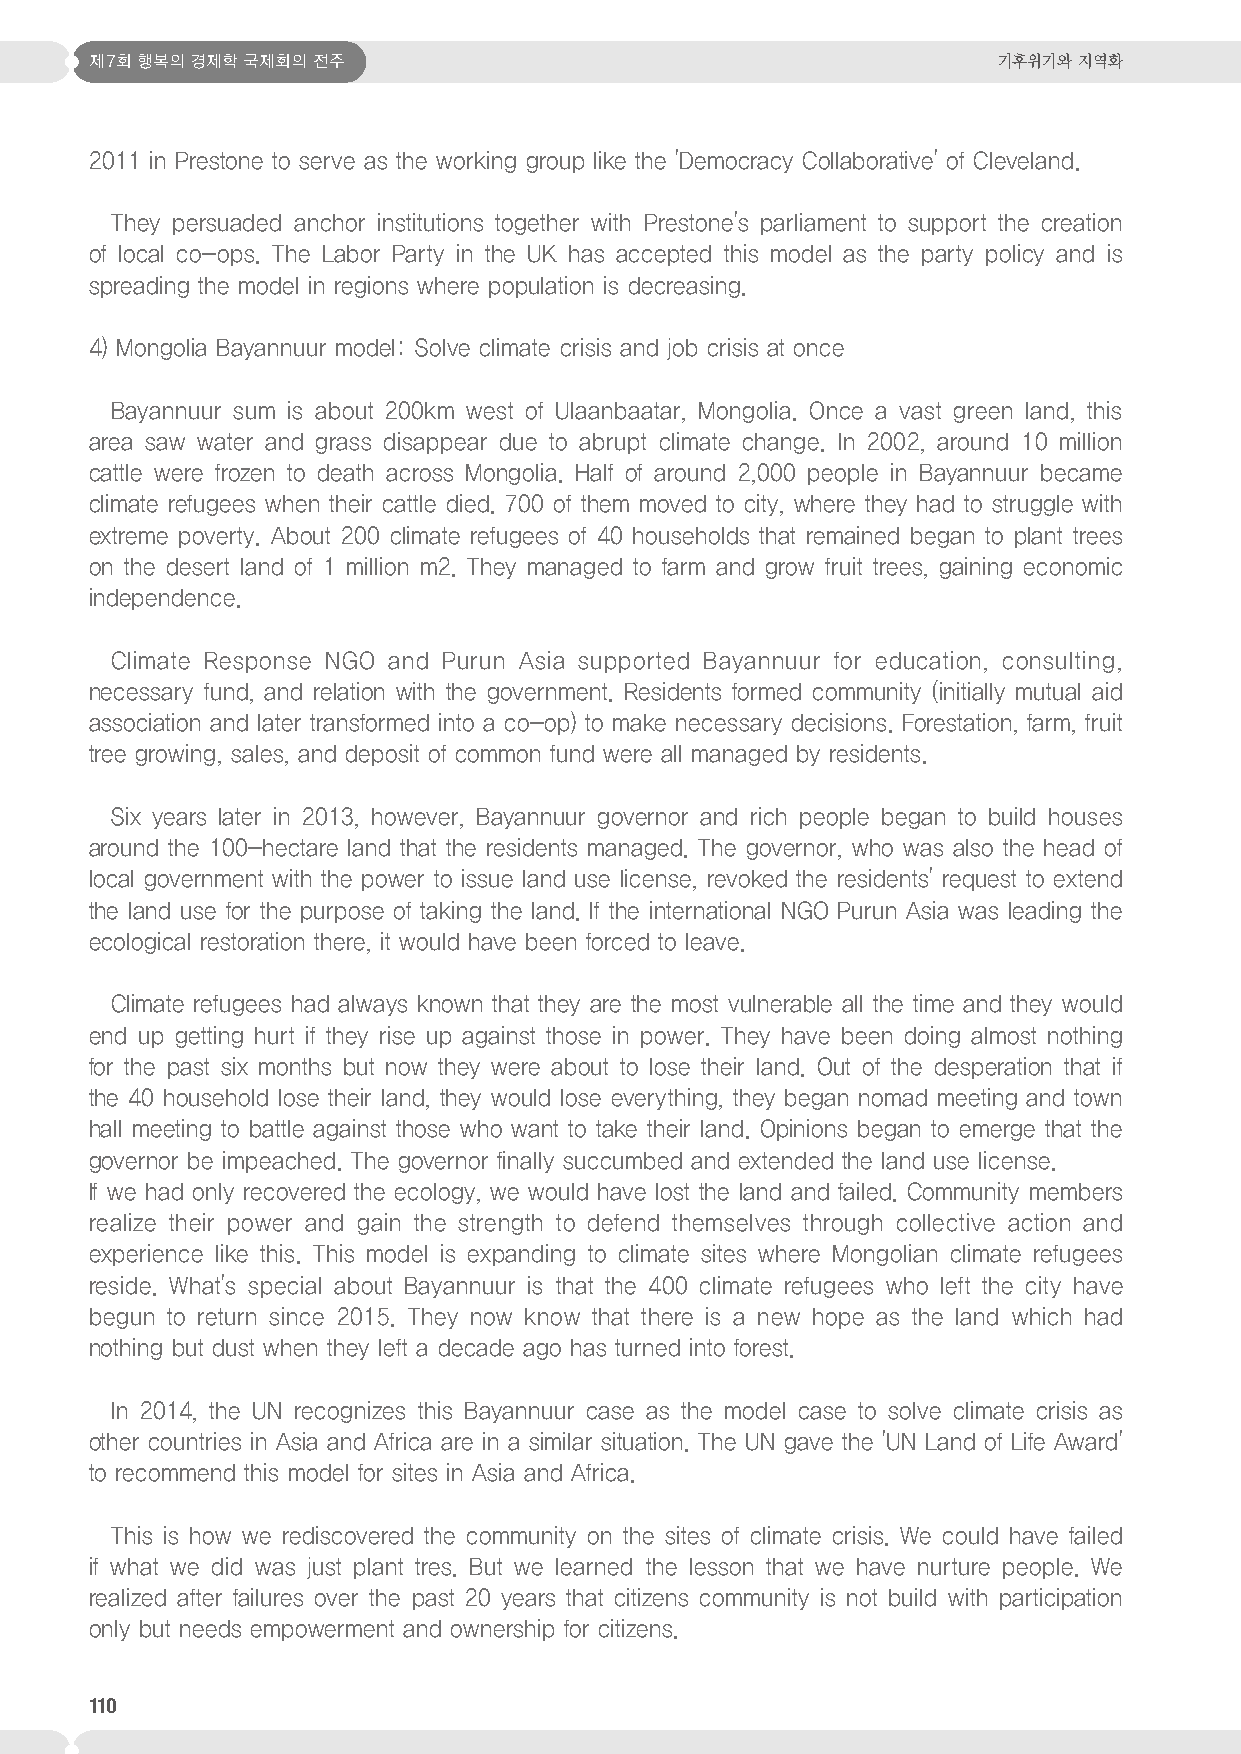
제7회 행복의 경제학 국제회의 전주                                         기후위기와 지역화
 2011 in Prestone to serve as the working group like the 'Democracy Collaborative' of Cleveland.
 They persuaded anchor institutions together with Prestone's parliament to support the creation
 of local co-ops. The Labor Party in the UK has accepted this model as the party policy and is
 spreading the model in regions where population is decreasing.
 4) Mongolia Bayannuur model: Solve climate crisis and job crisis at once
 Bayannuur sum is about 200km west of Ulaanbaatar, Mongolia. Once a vast green land, this
 area saw water and grass disappear due to abrupt climate change. In 2002, around 10 million
 cattle were frozen to death across Mongolia. Half of around 2,000 people in Bayannuur became
 climate refugees when their cattle died. 700 of them moved to city, where they had to struggle with
 extreme poverty. About 200 climate refugees of 40 households that remained began to plant trees
 on the desert land of 1 million m2. They managed to farm and grow fruit trees, gaining economic
 independence.
 Climate Response NGO and Purun Asia supported Bayannuur for education, consulting,
 necessary fund, and relation with the government. Residents formed community (initially mutual aid
 association and later transformed into a co-op) to make necessary decisions. Forestation, farm, fruit
 tree growing, sales, and deposit of common fund were all managed by residents.
 Six years later in 2013, however, Bayannuur governor and rich people began to build houses
 around the 100-hectare land that the residents managed. The governor, who was also the head of
 local government with the power to issue land use license, revoked the residents' request to extend
 the land use for the purpose of taking the land. If the international NGO Purun Asia was leading the
 ecological restoration there, it would have been forced to leave.
 Climate refugees had always known that they are the most vulnerable all the time and they would
 end up getting hurt if they rise up against those in power. They have been doing almost nothing
 for the past six months but now they were about to lose their land. Out of the desperation that if
 the 40 household lose their land, they would lose everything, they began nomad meeting and town
 hall meeting to battle against those who want to take their land. Opinions began to emerge that the
 governor be impeached. The governor finally succumbed and extended the land use license.
 If we had only recovered the ecology, we would have lost the land and failed. Community members
 realize their power and gain the strength to defend themselves through collective action and
 experience like this. This model is expanding to climate sites where Mongolian climate refugees
 reside. What's special about Bayannuur is that the 400 climate refugees who left the city have
 begun to return since 2015. They now know that there is a new hope as the land which had
 nothing but dust when they left a decade ago has turned into forest.
 In 2014, the UN recognizes this Bayannuur case as the model case to solve climate crisis as
 other countries in Asia and Africa are in a similar situation. The UN gave the 'UN Land of Life Award'
 to recommend this model for sites in Asia and Africa.
 This is how we rediscovered the community on the sites of climate crisis. We could have failed
 if what we did was just plant tres. But we learned the lesson that we have nurture people. We
 realized after failures over the past 20 years that citizens community is not build with participation
 only but needs empowerment and ownership for citizens.
 110